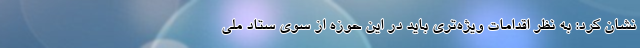
نشان کرد: به نظر اقدامات ویژه‌تری باید در این حوزه از سوی ستاد ملی